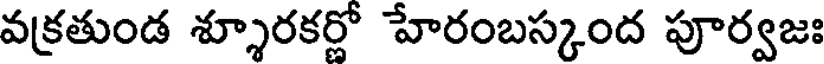
వక్రతుండ శ్శూరకర్ణో హేరంబస్కంద పూర్వజః